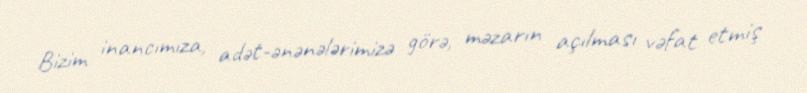
Bizim inancımıza, adət-ənənələrimizə görə, məzarın açılması vəfat etmiş